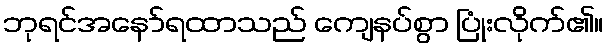
ဘုရင်အနော်ရထာသည် ကျေနပ်စွာ ပြုံးလိုက်၏။